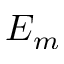
E _ { m }